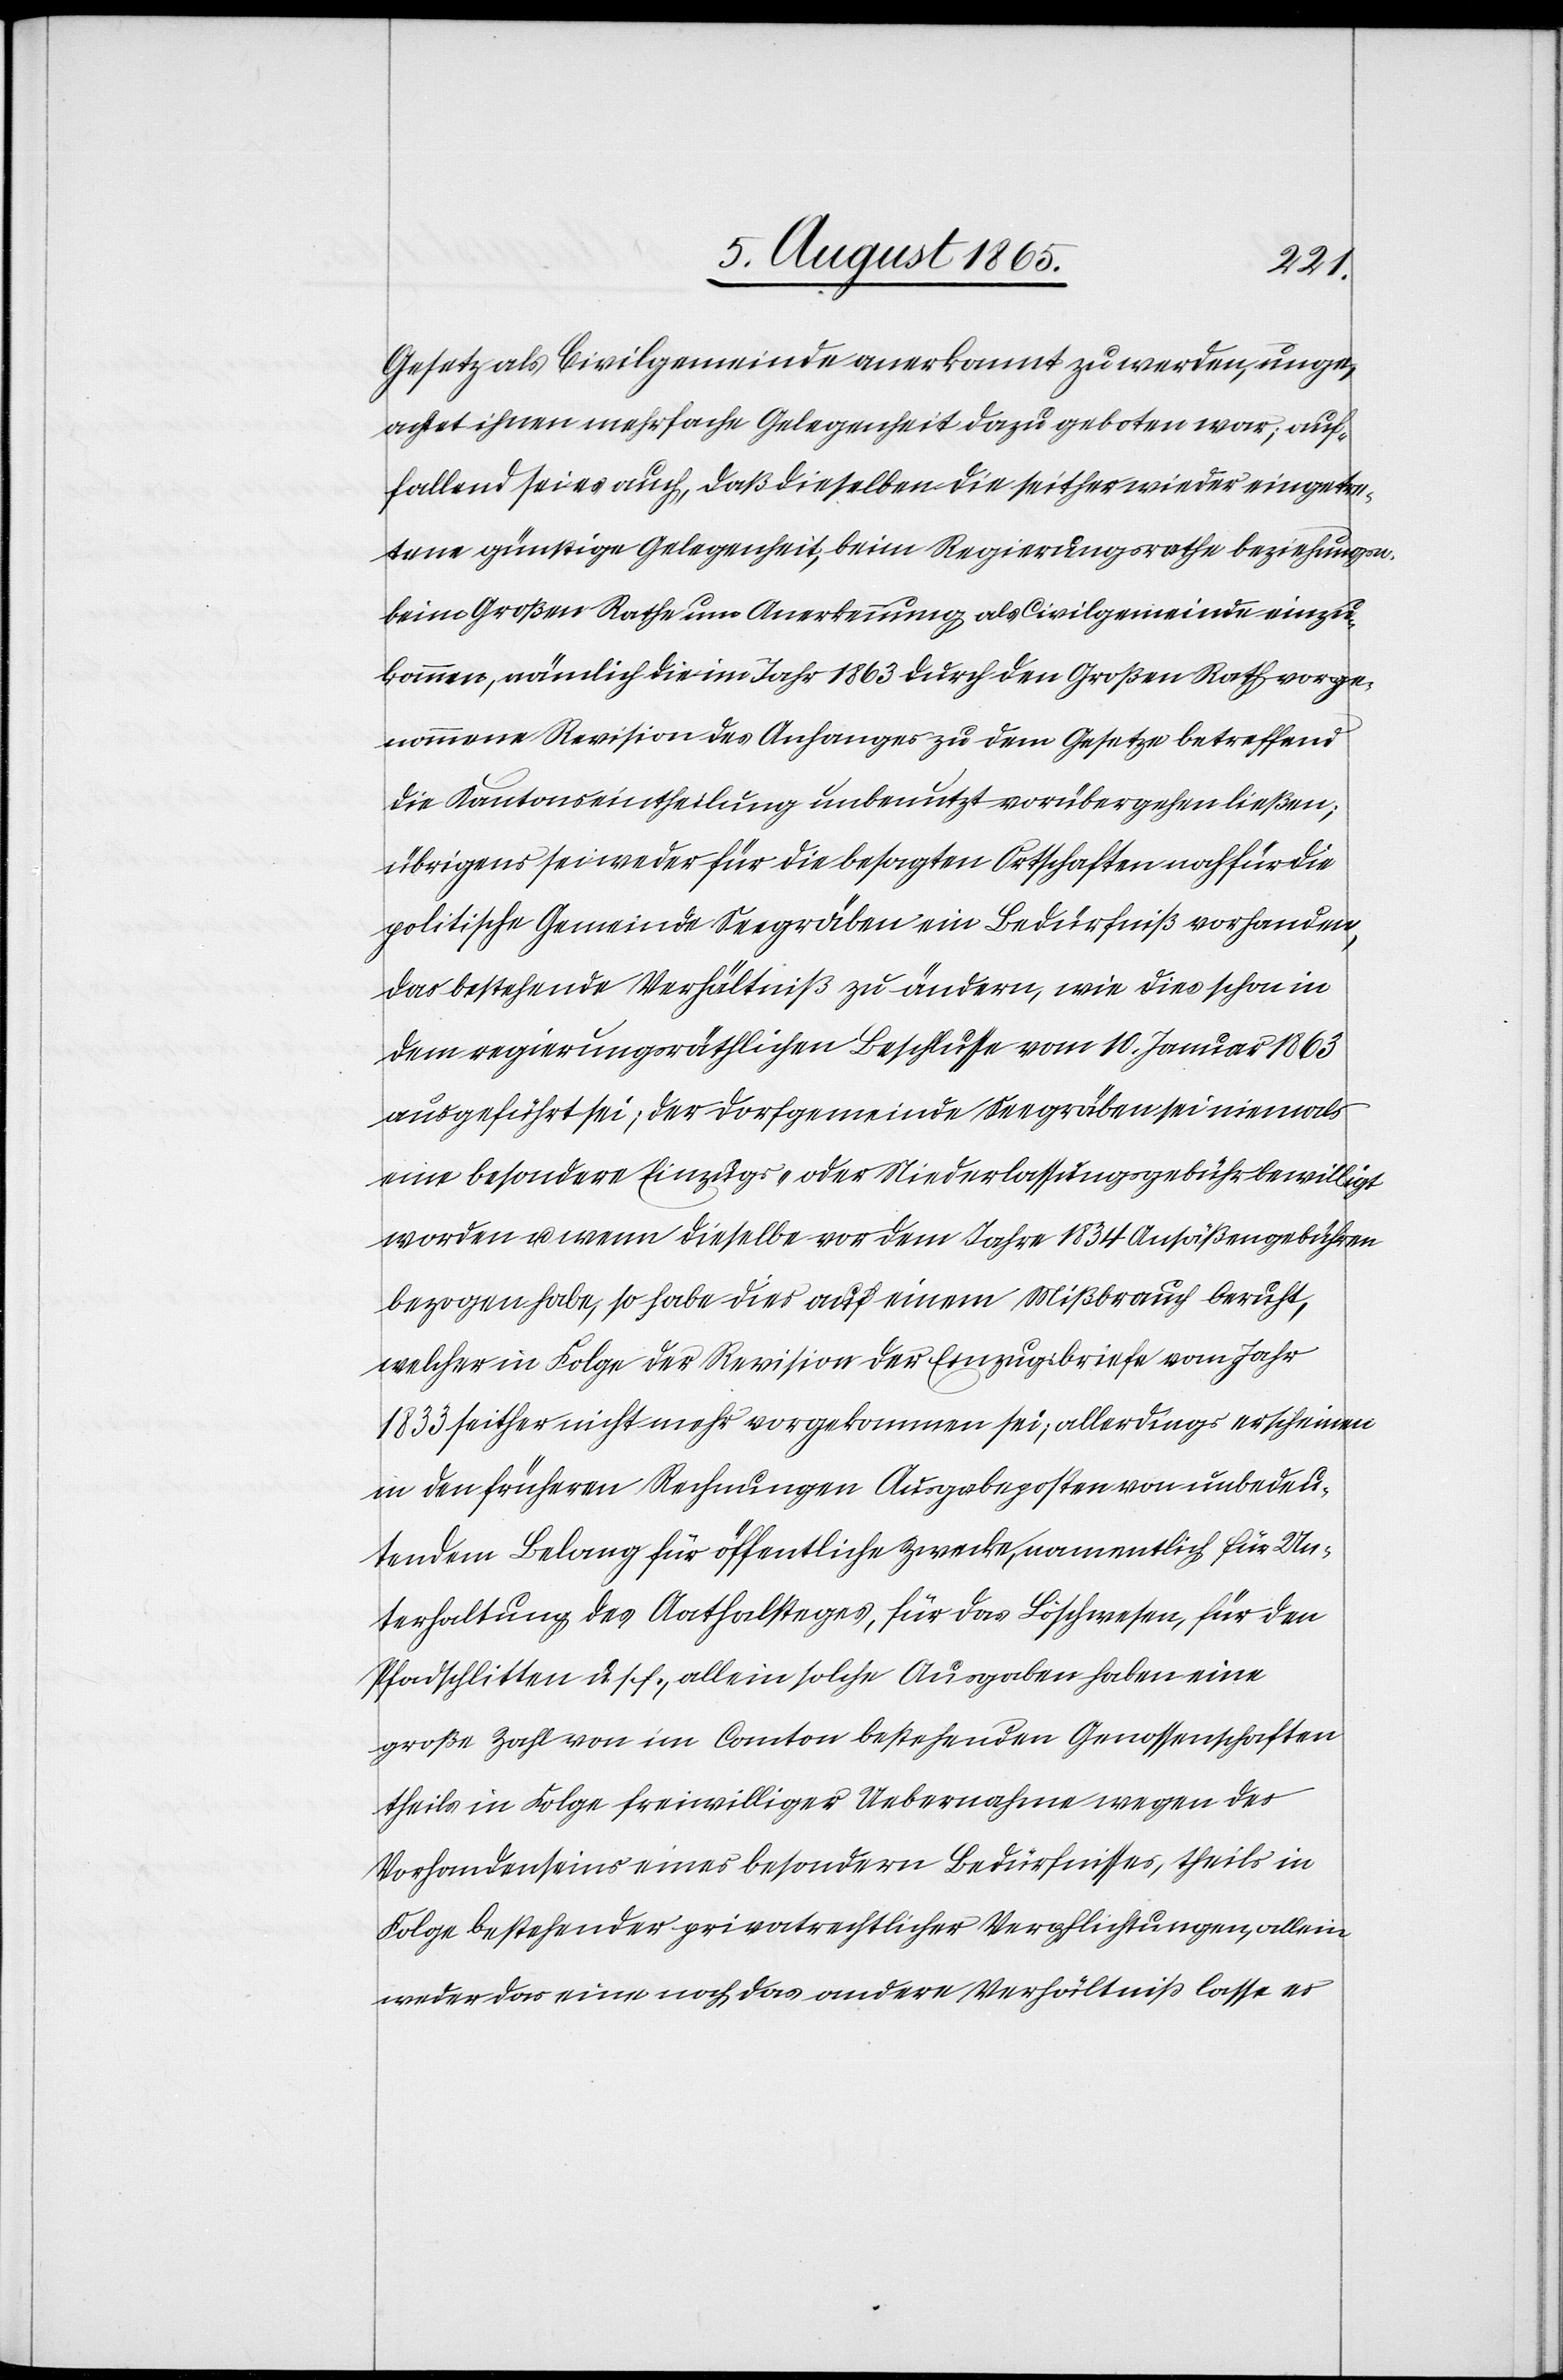
Gesetz als Civilgemeinde anerkannt zu werden, unge¬
achtet ihnen mehrfache Gelegenheit dazu geboten war; auf¬
fallend sei es auch, daß dieselben die seither wieder eingetre¬
tene günstige Gelegenheit, beim Regierungsrathe beziehungsw.
beim Großen Rathe um Anerkennung als Civilgemeinde einzu¬
kommen, nämlich die im Jahr 1863 durch den Großen Rath vorge¬
nommene Revision des Anfanges zu dem Gesetze betreffend
die Kantonseintheilung unbenutzt vorübergehen ließen;
übrigens sei weder für die besagten Ortschaften noch für die
politische Gemeinde Seegräben ein Bedürfniß vorhanden,
das bestehende Verhältniß zu ändern, wie dies schon in
dem regierungsräthlichen Beschlusse vom 10. Januar 1863
ausgeführt sei; der Dorfgemeinde Seegräben sei niemals
eine besondere Einzugs- oder Niederlassungsgebühr bewilligt
worden u. wenn dieselbe vor dem Jahre 1834 Ansäßengebühren
bezogen habe, so habe dies auf einem Mißbrauch beruht,
welcher in Folge der Revision der Einzugsbriefe vom Jahr
1833 seither nicht mehr vorgekommen sei, allerdings erscheinen
in den früheren Rechnungen Ausgabeposten von unbedeu¬
tendem Belang für öffentliche Zwecke, namentlich für Un¬
terhaltung des Aathalsteges, für das Löschwesen, für den
Pfadschlitten u. s. f., allein solche Ausgaben haben eine
große Zahl von im Canton bestehenden Genossenschaften
theils in Folge freiwilliger Uebernahme wegen des
Vorhandenseins eines besondern Bedürfnisses, theils in
Folge bestehender privatrechtlicher Verpflichtungen, allein
weder das eine noch das andere Verhältniß lasse es